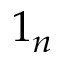
1 _ { n }